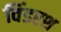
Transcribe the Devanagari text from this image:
विंडरश